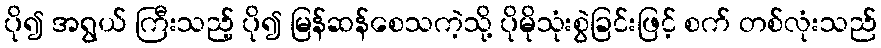
ပို၍ အရွယ် ကြီးသည့် ပို၍ မြန်ဆန်စေသကဲ့သို့ ပိုမိုသုံးစွဲခြင်းဖြင့် စက် တစ်လုံးသည်